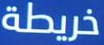
خريطة